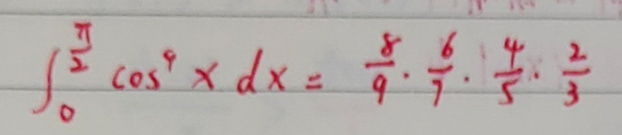
\(\int_{0}^{\frac{\pi}{2}} \cos ^{9}x dx = \frac{8}{9} \cdot \frac{6}{7} \cdot \frac{4}{5} \cdot \frac{2}{3}\)